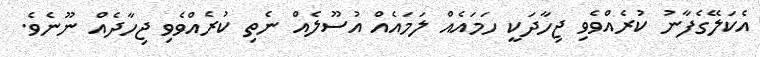
އެކަލޭގެފާނު ކުރެއްވެވި ޖިހާދަކީ ހަމައެއް ލަމައެއް އުސޫލެއް ނެތި ކުރެއްވެވި ޖިހާދެއް ނޫނެވެ.